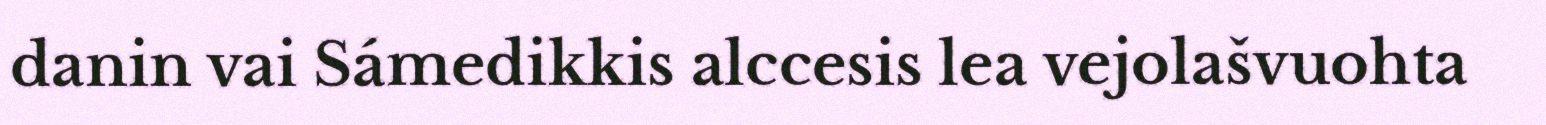
danin vai Sámedikkis alccesis lea vejolašvuohta